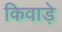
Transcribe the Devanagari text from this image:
किवाड़े